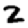
Digit: 2